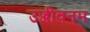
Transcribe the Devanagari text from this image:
उज्जीवनम